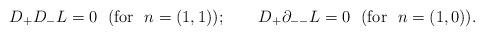
LaTeX: \begin{align*}D_+D_-L=0~~({\rm for}~~n=(1,1)); \qquad D_+\partial_{--}L=0{}~~({\rm for}~~n=(1,0)).\end{align*}